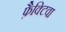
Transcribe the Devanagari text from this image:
फ़ैक्टिवा